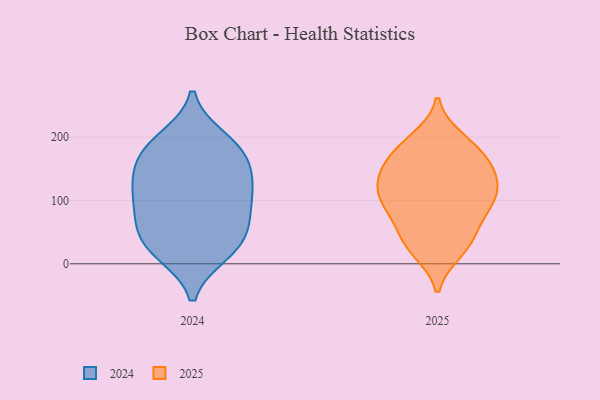
{"axis": {"x": "Headcount", "y": "Value"}, "legend": ["2024", "2025"], "data": [{"x": "", "y": 48, "type": "2024"}, {"x": "", "y": 70, "type": "2024"}, {"x": "", "y": 17, "type": "2024"}, {"x": "", "y": 27, "type": "2024"}, {"x": "", "y": 20, "type": "2024"}, {"x": "", "y": 106, "type": "2024"}, {"x": "", "y": 107, "type": "2024"}, {"x": "", "y": 186, "type": "2024"}, {"x": "", "y": 91, "type": "2024"}, {"x": "", "y": 132, "type": "2024"}, {"x": "", "y": 134, "type": "2024"}, {"x": "", "y": 147, "type": "2024"}, {"x": "", "y": 197, "type": "2024"}, {"x": "", "y": 57, "type": "2024"}, {"x": "", "y": 172, "type": "2024"}, {"x": "", "y": 181, "type": "2024"}, {"x": "", "y": 188, "type": "2025"}, {"x": "", "y": 41, "type": "2025"}, {"x": "", "y": 65, "type": "2025"}, {"x": "", "y": 152, "type": "2025"}, {"x": "", "y": 184, "type": "2025"}, {"x": "", "y": 103, "type": "2025"}, {"x": "", "y": 126, "type": "2025"}, {"x": "", "y": 20, "type": "2025"}, {"x": "", "y": 144, "type": "2025"}, {"x": "", "y": 37, "type": "2025"}, {"x": "", "y": 104, "type": "2025"}, {"x": "", "y": 171, "type": "2025"}, {"x": "", "y": 82, "type": "2025"}, {"x": "", "y": 197, "type": "2025"}, {"x": "", "y": 117, "type": "2025"}, {"x": "", "y": 23, "type": "2025"}, {"x": "", "y": 102, "type": "2025"}, {"x": "", "y": 137, "type": "2025"}, {"x": "", "y": 152, "type": "2025"}, {"x": "", "y": 88, "type": "2025"}]}